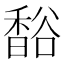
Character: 𧯄